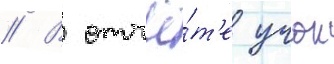
// В отчё́т'е учок